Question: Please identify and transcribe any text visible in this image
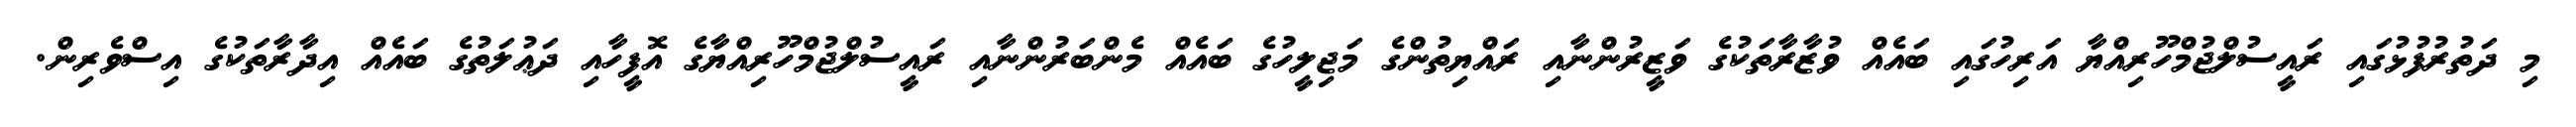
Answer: މި ދަތުރުފުޅުގައި ރައީސުލްޖުމްހޫރިއްޔާ އަރިހުގައި ބައެއް ވުޒާރާތަކުގެ ވަޒީރުންނާއި ރައްޔިތުންގެ މަޖިލީހުގެ ބައެއް މެންބަރުންނާއި ރައީސުލްޖުމްހޫރިއްޔާގެ އޮފީހާއި ދަޢުލަތުގެ ބައެއް އިދާރާތަކުގެ އިސްވެރިން.